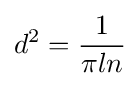
d^{2}={1 \over \pi ln}